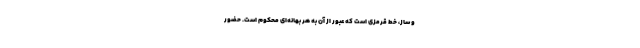
و ساز، خط قرمزی است که عبور از آن به هر بهانه‌ای محکوم است. حضور